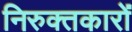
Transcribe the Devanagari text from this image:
निरुक्तकारों